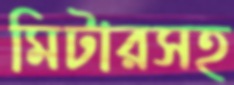
মিটারসহ